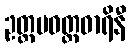
ဥတ္တမဝတ္ထဓာရိနီ